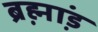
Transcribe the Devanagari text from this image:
ब्रह्म़ा़ंड